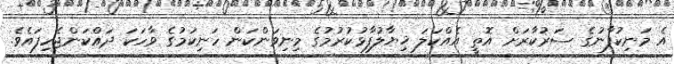
އެ މަނިކުފާނުގެ ސަރުކާރަށް އޮތީ އެއްކަލަ ޚިޔާލުފާޅުކުރުމުގެ މިނިވަންކަން ހަނިކަމުގެ ވާހަކަ ދައްކަންޖެހިފައެވެ.